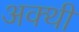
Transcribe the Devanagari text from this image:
अक्थी